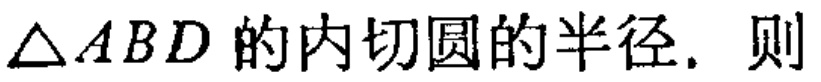
$\triangle ABD$的内切圆的半径. 则